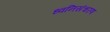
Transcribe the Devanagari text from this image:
ध्वनिसंचरण